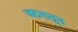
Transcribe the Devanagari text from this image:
जठरातून